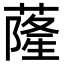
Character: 蕯